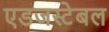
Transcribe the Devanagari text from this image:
एडजस्टेबल